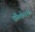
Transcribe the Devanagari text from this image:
पब्लिकेशनस